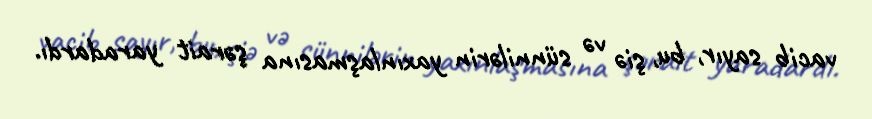
vacib sayır, bu, şiə və sünnilərin yaxınlaşmasına şərait yaradardı.